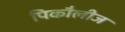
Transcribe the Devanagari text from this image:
पिकौलीज